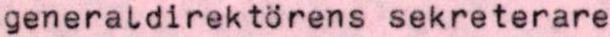
generaldirektörens sekreterare